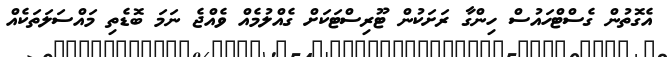
އެގޮތުން ގެސްޓްހައުސް ހިންގާ ރަށަކުން ޓޫރިސްޓަކަށް ގެއްލުމެއް ވެއްޖެ ނަމަ ބޮޑެތި މައްސަލަތަކެއް